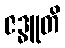
ဇဒ္ဓူတိ